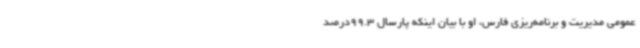
عمومی مدیریت و برنامه‌ریزی فارس، او با بیان اینکه پارسال 99.3درصد